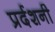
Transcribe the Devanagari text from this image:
प्रर्दशनी